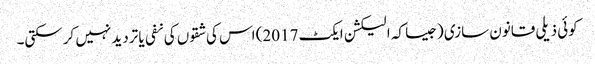
کوئی ذیلی قانون سازی (جیسا کہ الیکشن ایکٹ 2017) اس کی شقوں کی نفی یا تردید نہیں کرسکتی۔